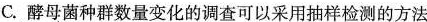
C.酵母菌种群数量变化的调查可以采用抽样检测的方法